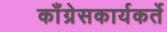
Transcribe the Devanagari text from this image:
काँग्रेसकार्यकर्ते